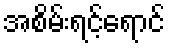
အစိမ်းရင့်ရောင်